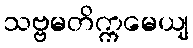
သဗ္ဗမတိက္ကမေယျ